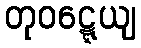
တုဝဋ္ဋေယျ